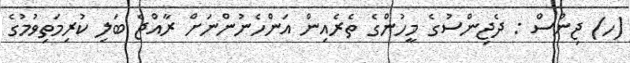
(ހ) ޖިންސް : ދެޖިންސުގެ މީހުންގެ ތެރެއިން އަންހެނުންނަށް ރާއްޖެ ބަލި ކުރިމަތިވުމުގެ